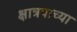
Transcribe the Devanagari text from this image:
क्षात्रपाच्या